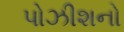
પોઝીશનો